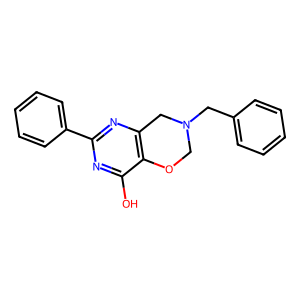
SMILES: Oc1nc(-c2ccccc2)nc2c1OCN(Cc1ccccc1)C2
Inhibits HIV replication: No